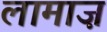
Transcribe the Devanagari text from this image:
लामाज़